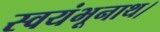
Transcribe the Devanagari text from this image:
स्वयंभूनाथ।